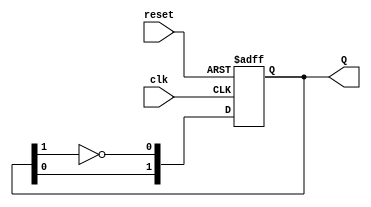
module dual_stage_johnson_counter(
    input wire clk,          // Clock signal
    input wire reset,        // Asynchronous reset signal
    output reg [1:0] Q       // 2-bit output representing the counter state
);

// Sequential logic for the Johnson counter
always @(posedge clk or posedge reset) begin
    if (reset) begin
        // Asynchronous reset
        Q <= 2'b00;         // Initialize counter to state 00
    end else begin
        // Johnson counter logic
        Q[1] <= Q[0];      // Shift the first flip-flop's output to the second
        Q[0] <= ~Q[1];     // Invert the second flip-flop's output for the first
    end
end

endmodule